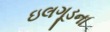
ઇલગૂડના